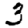
Digit: 3